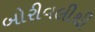
બોરીવલીથી